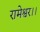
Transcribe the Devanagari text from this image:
रामेश्वर।।